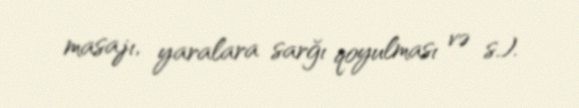
masajı, yaralara sarğı qoyulması və s.).